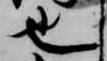
也